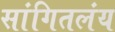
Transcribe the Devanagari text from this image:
सांगितलंय